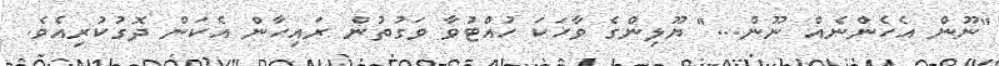
"ނޫން އެހެންނެއް ނޫން..." ޔޫލިންގެ ވާހަކަ ހުއްޓުވާ ވަގުތުން ރައިހާން އެކަން ދޮގުކުރިއެވެ.